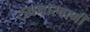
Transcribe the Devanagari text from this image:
रुथनास्वामी